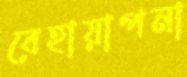
বেহায়াপনা